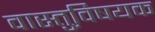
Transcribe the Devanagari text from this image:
वास्तुवि़षयक